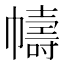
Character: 幬